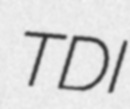
TDI